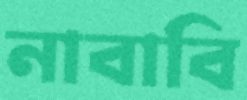
নাবাবি